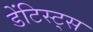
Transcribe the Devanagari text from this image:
डेंटिस्ट्स